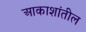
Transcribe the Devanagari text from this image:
आकाशांतील